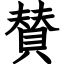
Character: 賛